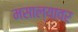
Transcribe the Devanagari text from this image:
मसाल्यावर